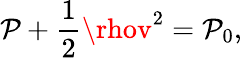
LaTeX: \mathcal{P}+{\frac{{1}}{{2}}}\rhov^{2}=\mathcal{P}_{0},